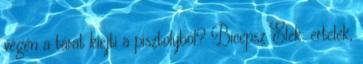
végén a tárat kiejti a pisztolyból? Bicepsz Elek: ertelek,